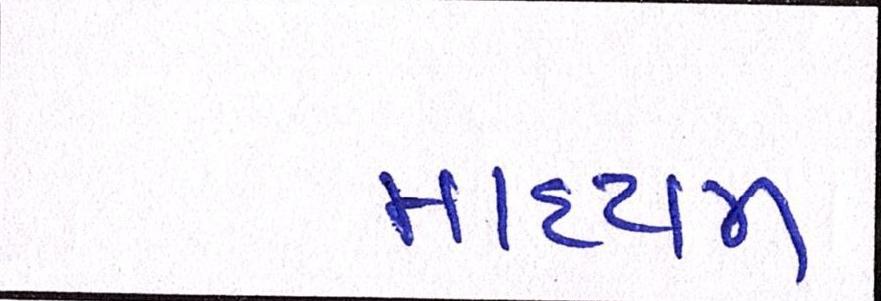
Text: માધ્યમ